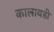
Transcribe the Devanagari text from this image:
कालायडी